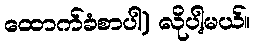
ထောက်ခံစာပါ) လိုပါ့မယ်။